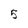
Character: 5